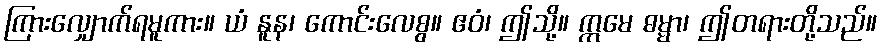
ကြားလျှောက်ရမူကား။ ယံ နူန၊ ကောင်းလေစွ။ ဧဝံ၊ ဤသို့။ ဣမေ ဓမ္မာ၊ ဤတရားတို့သည်။